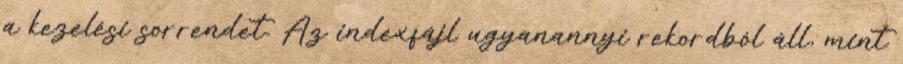
a kezelési sorrendet. Az indexfájl ugyanannyi rekordból áll, mint